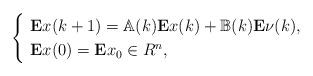
LaTeX: \begin{align*}\begin{cases} \ \mathbf{E}x(k+1)= \mathbb{A}(k)\mathbf{E}x(k)+\mathbb{B}(k)\mathbf{E}\nu(k),&\\ \ \mathbf{E}x(0)=\mathbf{E}x_{0}\in R^{n}, & \end{cases}\end{align*}